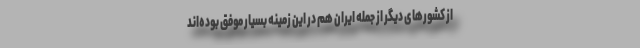
از کشورهای دیگر از جمله ایران هم در این زمینه بسیار موفق بوده‌اند